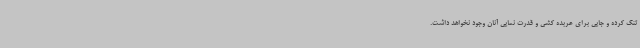
تنگ کرده و جایی برای عربده کشی و قدرت نمایی آنان وجود نخواهد داشت.